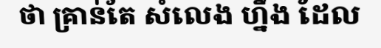
ថា គ្រាន់តែ សំលេង ហ្នឹង ដែល